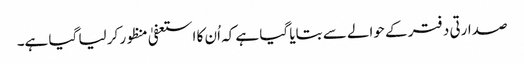
صدارتی دفتر کے حوالے سے بتایا گیا ہے کہ اُن کا استعفیٰ منظور کر لیا گیا ہے۔